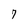
Character: 7